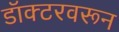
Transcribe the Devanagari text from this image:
डॉक्टरवरून